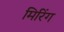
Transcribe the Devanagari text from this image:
मिरिंग